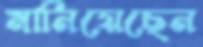
মানিয়েছেন